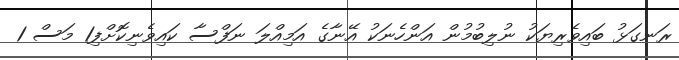
ރަނގަޅު ބައިވެރިޔަކު ނުލިބުމުން އަންހެނަކު އޭނާގެ އަމިއްލަ ނަފްސާ ކައިވެނިކޮށްފި1 މަސް 1